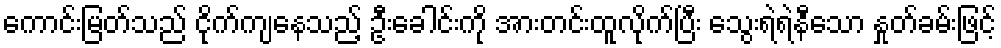
ကောင်းမြတ်သည် ငိုက်ကျနေသည့် ဦးခေါင်းကို အားတင်းထူလိုက်ပြီး သွေးရဲရဲနီသော နှုတ်ခမ်းဖြင့်